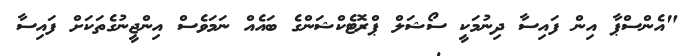
"އެންސްޕާ އިން ފައިސާ ދިނުމަކީ ސޯޝަލް ޕްރޮޓެކްޝަންގެ ބައެއް ނަމަވެސް އިންޖީނުގެތަކަށް ފައިސާ